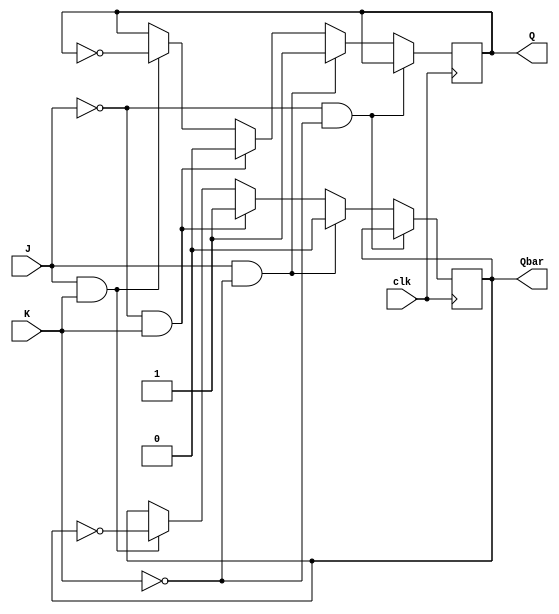
module jk_latch(
    input wire clk,
    input wire J,
    input wire K,
    output reg Q,
    output reg Qbar
);

always @(posedge clk) begin
    if (J == 1'b0 && K == 1'b0) begin
        // latch remains in current state
    end else if (J == 1'b1 && K == 1'b0) begin
        Q <= 1'b1;
        Qbar <= 1'b0;
    end else if (J == 1'b0 && K == 1'b1) begin
        Q <= 1'b0;
        Qbar <= 1'b1;
    end else if (J == 1'b1 && K == 1'b1) begin
        Q <= ~Q;
        Qbar <= ~Qbar;
    end
end

endmodule